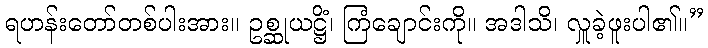
ရဟန်းတော်တစ်ပါးအား။ ဥစ္ဆုယဋ္ဌိံ၊ ကြံချောင်းကို။ အဒါသိ၊ လှူခဲ့ဖူးပါ၏။”